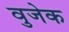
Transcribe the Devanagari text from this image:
वुजेक